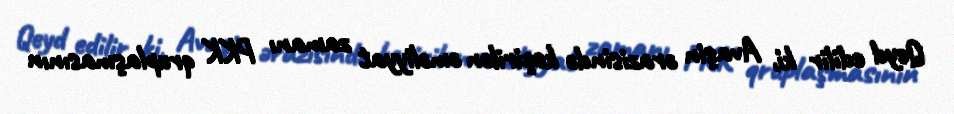
Qeyd edilir ki, Avaşin ərazisində keçirilən əməliyyat zamanı PKK qruplaşmasının